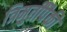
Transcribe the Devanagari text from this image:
त्रिमुर्तींपैकी